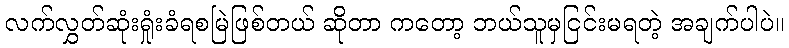
လက်လွှတ်ဆုံးရှုံးခံရစမြဲဖြစ်တယ် ဆိုတာ ကတော့ ဘယ်သူမှငြင်းမရတဲ့ အချက်ပါပဲ။